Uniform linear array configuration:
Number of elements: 64
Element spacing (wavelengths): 1
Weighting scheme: kaiser
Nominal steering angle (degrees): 30
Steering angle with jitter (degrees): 30.351
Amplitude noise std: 0.05
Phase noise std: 0.05

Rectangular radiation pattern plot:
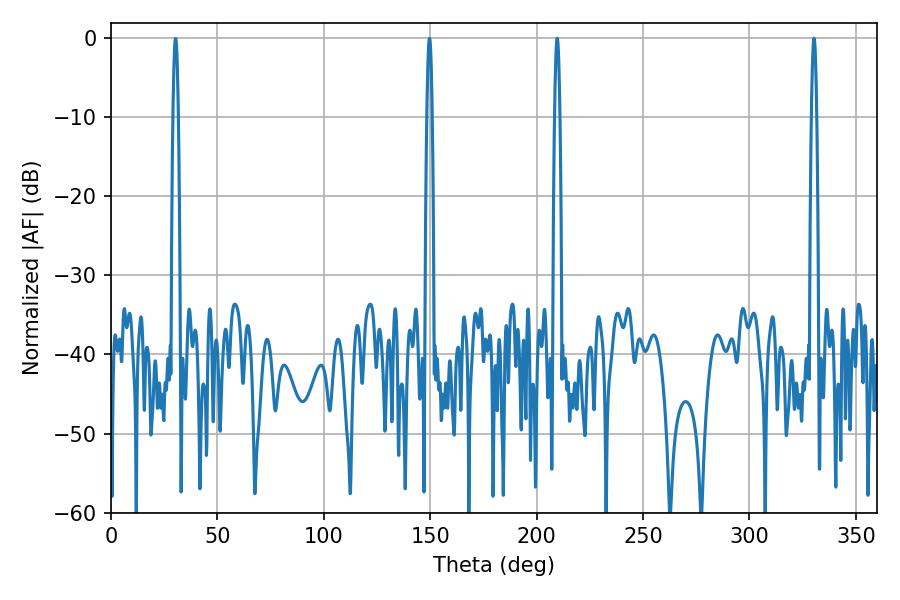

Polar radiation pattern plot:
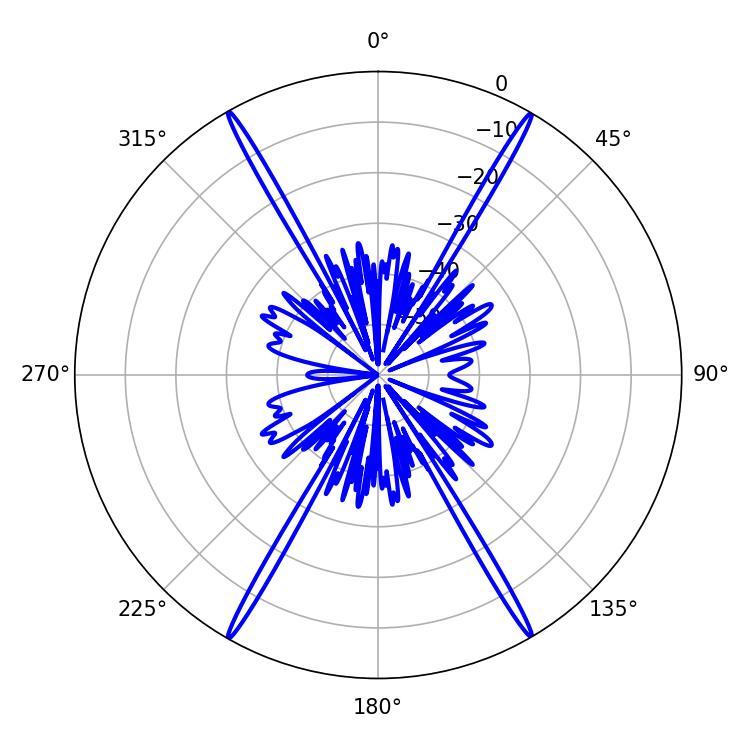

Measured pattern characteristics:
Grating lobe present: TRUE
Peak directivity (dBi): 34.412
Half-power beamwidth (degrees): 1.26
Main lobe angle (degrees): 330.3